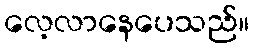
လေ့လာနေပေသည်။